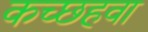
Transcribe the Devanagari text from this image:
कच्छहवा